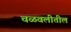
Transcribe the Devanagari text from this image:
चळवलीतील